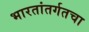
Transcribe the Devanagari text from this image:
भारतांतर्गतचा